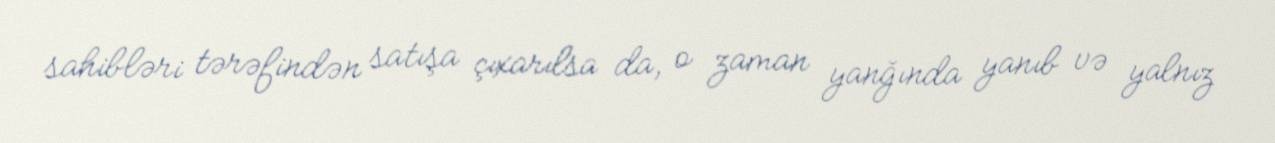
sahibləri tərəfindən satışa çıxarılsa da, o zaman yanğında yanıb və yalnız